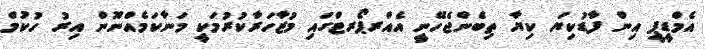
އެމްޑީޕީ އިން ފާޑުކިޔަ ކިޔާ ތިބެންޖެހޭނީ އެއްރޕޯރޓްގައި މުޒާހަރާކުރުމަކީ މަނާކަމެއްނޫން އިރު ހުކުމް